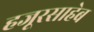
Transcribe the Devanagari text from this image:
हजूरसाहेब